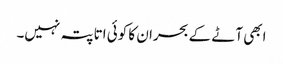
ابھی آٹے کے بحران کا کوئی اتا پتہ نہیں۔